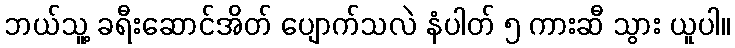
ဘယ်သူ့ ခရီးဆောင်အိတ် ပျောက်သလဲ နံပါတ် ၅ ကားဆီ သွား ယူပါ။